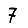
Digit: 7